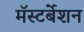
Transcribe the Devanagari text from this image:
मॅस्टर्बेशन